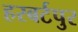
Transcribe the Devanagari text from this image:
हरबर्टपुर